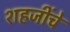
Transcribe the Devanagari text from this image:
शहजींचे